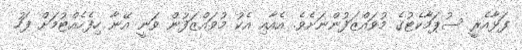
ފަޅާއެރީ ސުޕަމާކެޓުގެ މުވައްޒަފުންނަށެވެ. އެއާއި އެކު މުވައްޒަފުން ވަނީ އޭނާ ހިފެހެއްޓުމަށް ފަހު